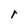
Character: r